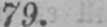
79.